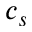
c _ { s }